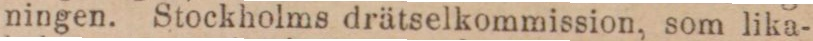
ningen. Stockholms drätselkommission, som lika-